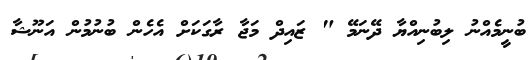
ބުނީމެއްނު ލިބުނިއްޔާ ދޭނަމޭ " ޒައިދް މަޖާ ރާގަކަށް އެހެން ބުނުމުން އަނޫޝާ